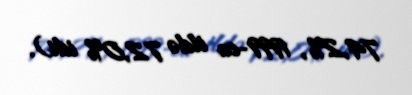
74,2%, 1999-cu ildə 72,0% idi).